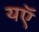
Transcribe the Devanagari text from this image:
यऍ